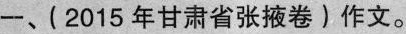
一、(2015年甘肃省张掖卷)作文。